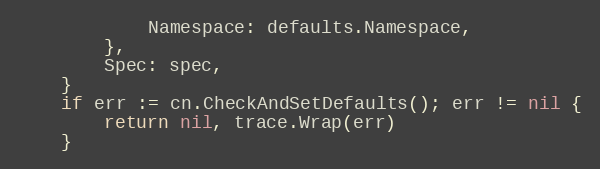
Language: Go
			Namespace: defaults.Namespace,
		},
		Spec: spec,
	}
	if err := cn.CheckAndSetDefaults(); err != nil {
		return nil, trace.Wrap(err)
	}